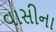
વાસીના